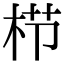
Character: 栉